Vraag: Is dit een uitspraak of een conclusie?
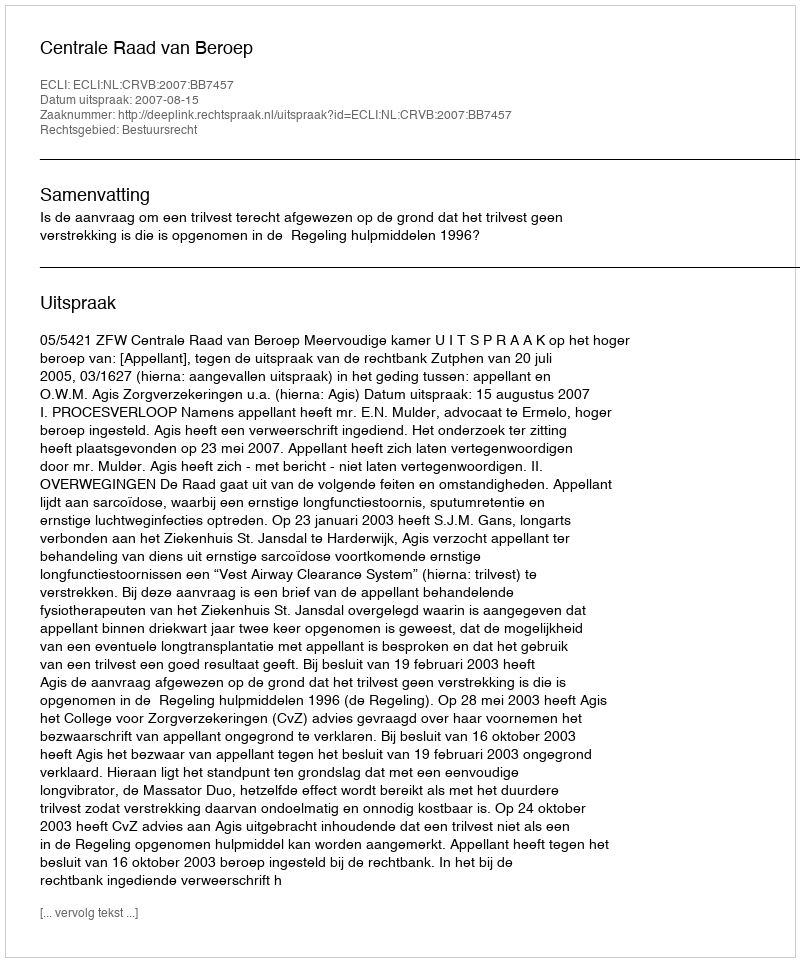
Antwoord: Uitspraak